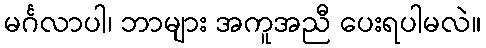
မင်္ဂလာပါ၊ ဘာများ အကူအညီ ပေးရပါမလဲ။